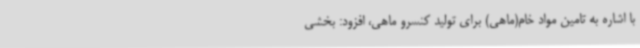
با اشاره به تامین مواد خام(ماهی) برای تولید کنسرو ماهی، افزود: بخشی